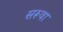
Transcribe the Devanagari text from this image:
सरूवा